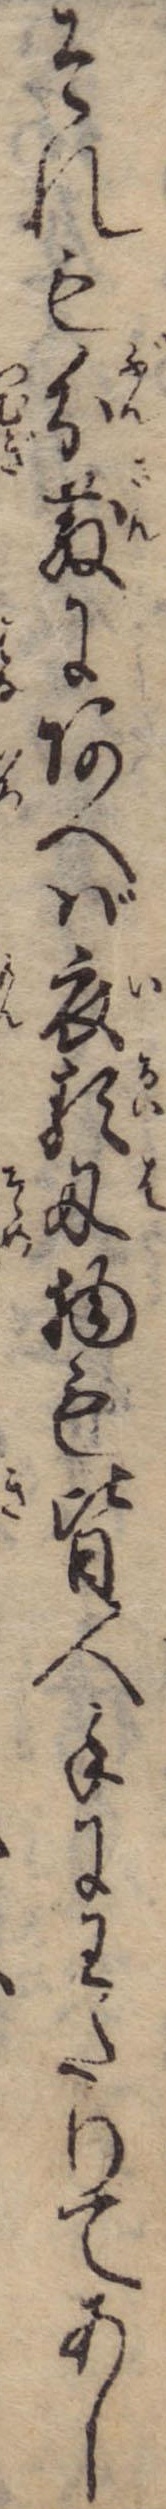
それも分散にあへば衣類刃物も皆人手にわたりてあし